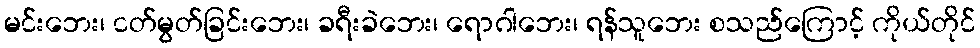
မင်းဘေး၊ ငတ်မွတ်ခြင်းဘေး၊ ခရီးခဲဘေး၊ ရောဂါဘေး၊ ရန်သူဘေး စသည်ကြောင့် ကိုယ်တိုင်